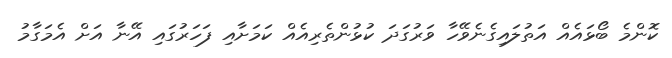
ކޮންމެ ބޯޅައެއް އަތުލައިގެނެވޭހާ ވަރުގަދަ ކުޅުންތެރިއެއް ކަމަށާއި ފަހަރުގައި އޭނާ އަށް އެމަގާމު